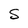
Character: S